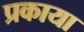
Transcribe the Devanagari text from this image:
प्रकाया